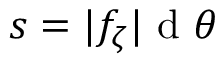
s = \lvert f _ { \zeta } \vert \mathrm { ~ d ~ } \theta